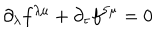
\partial _ { \lambda } f ^ { \lambda \mu } + \partial _ { \tau } f ^ { 5 \mu } = 0